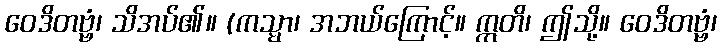
ဝေဒိတဗ္ဗံ၊ သိအပ်၏။ (ကသ္မာ၊ အဘယ်ကြောင့်။ ဣတိ၊ ဤသို့။ ဝေဒိတဗ္ဗံ၊